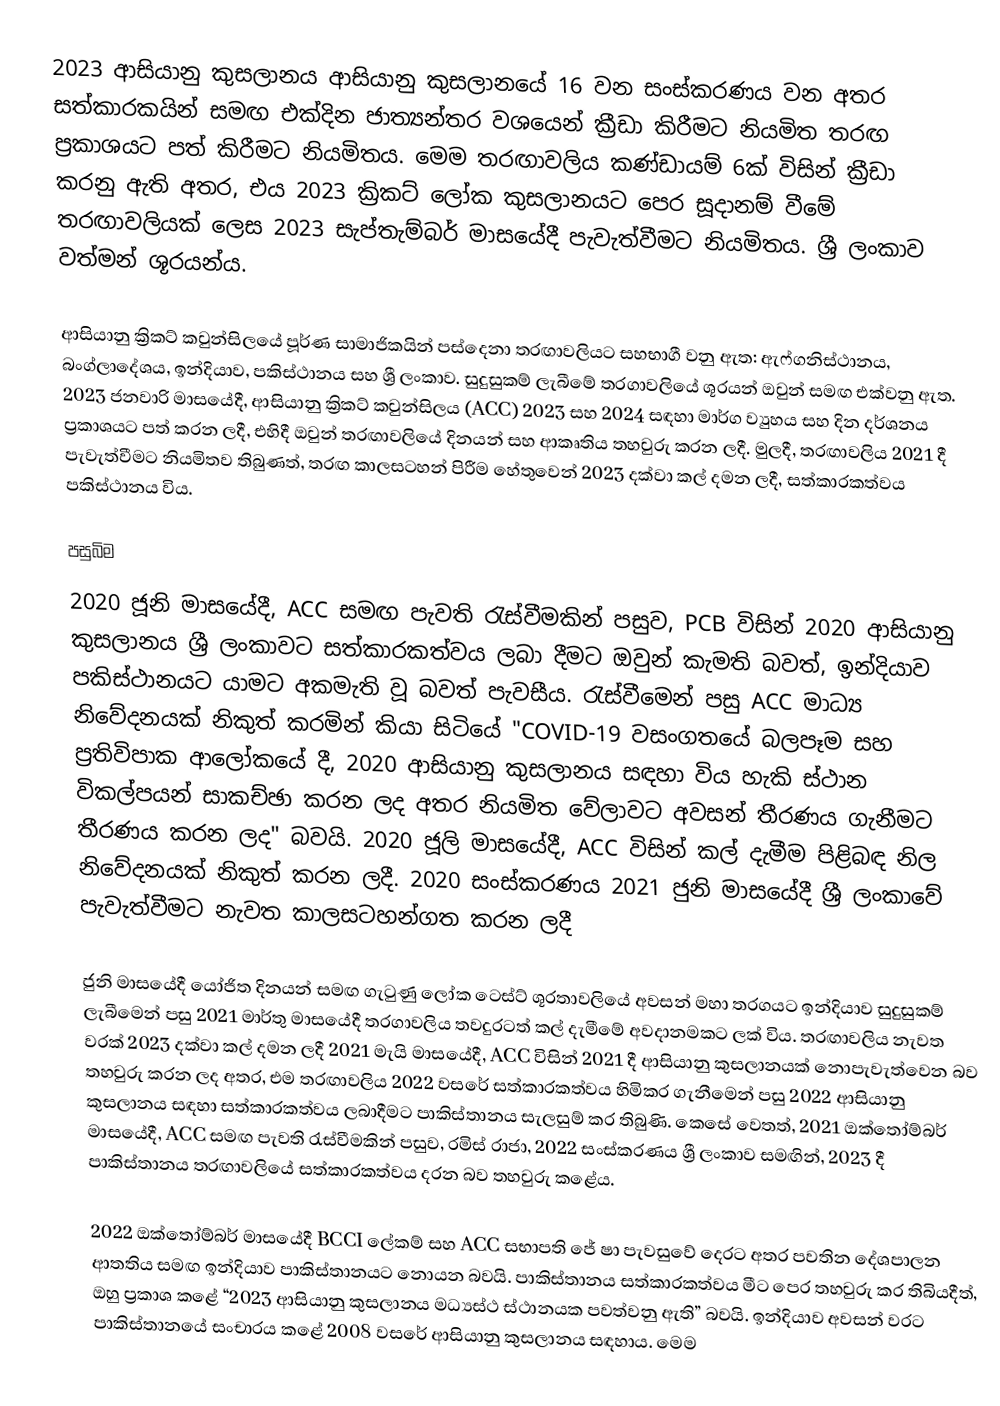
2023 ආසියානු කුසලානය ආසියානු කුසලානයේ 16 වන සංස්කරණය වන අතර සත්කාරකයින් සමඟ එක්දින ජාත්‍යන්තර වශයෙන් ක්‍රීඩා කිරීමට නියමිත තරඟ ප්‍රකාශයට පත් කිරීමට නියමිතය. මෙම තරඟාවලිය කණ්ඩායම් 6ක් විසින් ක්‍රීඩා කරනු ඇති අතර, එය 2023 ක්‍රිකට් ලෝක කුසලානයට පෙර සූදානම් වීමේ තරඟාවලියක් ලෙස 2023 සැප්තැම්බර් මාසයේදී පැවැත්වීමට නියමිතය.  ශ්‍රී ලංකාව වත්මන් ශූරයන්ය.

ආසියානු ක්‍රිකට් කවුන්සිලයේ පූර්ණ සාමාජිකයින් පස්දෙනා තරඟාවලියට සහභාගී වනු ඇත: ඇෆ්ගනිස්ථානය, බංග්ලාදේශය, ඉන්දියාව, පකිස්ථානය සහ ශ්‍රී ලංකාව. සුදුසුකම් ලැබීමේ තරගාවලියේ ශූරයන් ඔවුන් සමඟ එක්වනු ඇත. 2023 ජනවාරි මාසයේදී, ආසියානු ක්‍රිකට් කවුන්සිලය (ACC) 2023 සහ 2024 සඳහා මාර්ග ව්‍යුහය සහ දින දර්ශනය ප්‍රකාශයට පත් කරන ලදී, එහිදී ඔවුන් තරඟාවලියේ දිනයන් සහ ආකෘතිය තහවුරු කරන ලදී.  මුලදී, තරඟාවලිය 2021 දී පැවැත්වීමට නියමිතව තිබුණත්, තරඟ කාලසටහන් පිරීම හේතුවෙන් 2023 දක්වා කල් දමන ලදී, සත්කාරකත්වය පකිස්ථානය විය.

පසුබිම
2020 ජූනි මාසයේදී, ACC සමඟ පැවති රැස්වීමකින් පසුව, PCB විසින් 2020 ආසියානු කුසලානය ශ්‍රී ලංකාවට සත්කාරකත්වය ලබා දීමට ඔවුන් කැමති බවත්,  ඉන්දියාව පකිස්ථානයට යාමට අකමැති වූ බවත් පැවසීය.  රැස්වීමෙන් පසු ACC මාධ්‍ය නිවේදනයක් නිකුත් කරමින් කියා සිටියේ "COVID-19 වසංගතයේ බලපෑම සහ ප්‍රතිවිපාක ආලෝකයේ දී, 2020 ආසියානු කුසලානය සඳහා විය හැකි ස්ථාන විකල්පයන් සාකච්ඡා කරන ලද අතර නියමිත වේලාවට අවසන් තීරණය ගැනීමට තීරණය කරන ලද" බවයි.  2020 ජූලි මාසයේදී, ACC විසින් කල් දැමීම පිළිබඳ නිල නිවේදනයක් නිකුත් කරන ලදී.  2020 සංස්කරණය 2021 ජුනි මාසයේදී ශ්‍රී ලංකාවේ පැවැත්වීමට නැවත කාලසටහන්ගත කරන ලදී

ජුනි මාසයේදී යෝජිත දිනයන් සමඟ ගැටුණු ලෝක ටෙස්ට් ශූරතාවලියේ අවසන් මහා තරගයට ඉන්දියාව සුදුසුකම් ලැබීමෙන් පසු 2021 මාර්තු මාසයේදී තරගාවලිය තවදුරටත් කල් දැමීමේ අවදානමකට ලක් විය.  තරඟාවලිය නැවත වරක් 2023 දක්වා කල් දමන ලදී  2021 මැයි මාසයේදී, ACC විසින් 2021 දී ආසියානු කුසලානයක් නොපැවැත්වෙන බව තහවුරු කරන ලද අතර, එම තරඟාවලිය  2022 වසරේ සත්කාරකත්වය හිමිකර ගැනීමෙන් පසු 2022 ආසියානු කුසලානය සඳහා සත්කාරකත්වය ලබාදීමට පාකිස්තානය සැලසුම් කර තිබුණි.  කෙසේ වෙතත්, 2021 ඔක්තෝම්බර් මාසයේදී, ACC සමඟ පැවති රැස්වීමකින් පසුව, රමිස් රාජා, 2022 සංස්කරණය ශ්‍රී ලංකාව සමඟින්, 2023 දී පාකිස්තානය තරඟාවලියේ සත්කාරකත්වය දරන බව තහවුරු කළේය.

2022 ඔක්තෝම්බර් මාසයේදී BCCI ලේකම් සහ ACC සභාපති ජේ ෂා පැවසුවේ දෙරට අතර පවතින දේශපාලන ආතතිය සමඟ ඉන්දියාව පාකිස්තානයට නොයන බවයි.  පාකිස්තානය සත්කාරකත්වය මීට පෙර තහවුරු කර තිබියදීත්, ඔහු ප්‍රකාශ කළේ “2023 ආසියානු කුසලානය මධ්‍යස්ථ ස්ථානයක පවත්වනු ඇති” බවයි.  ඉන්දියාව අවසන් වරට පාකිස්තානයේ සංචාරය කළේ 2008 වසරේ ආසියානු කුසලානය සඳහාය.  මෙම